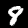
Label: 8